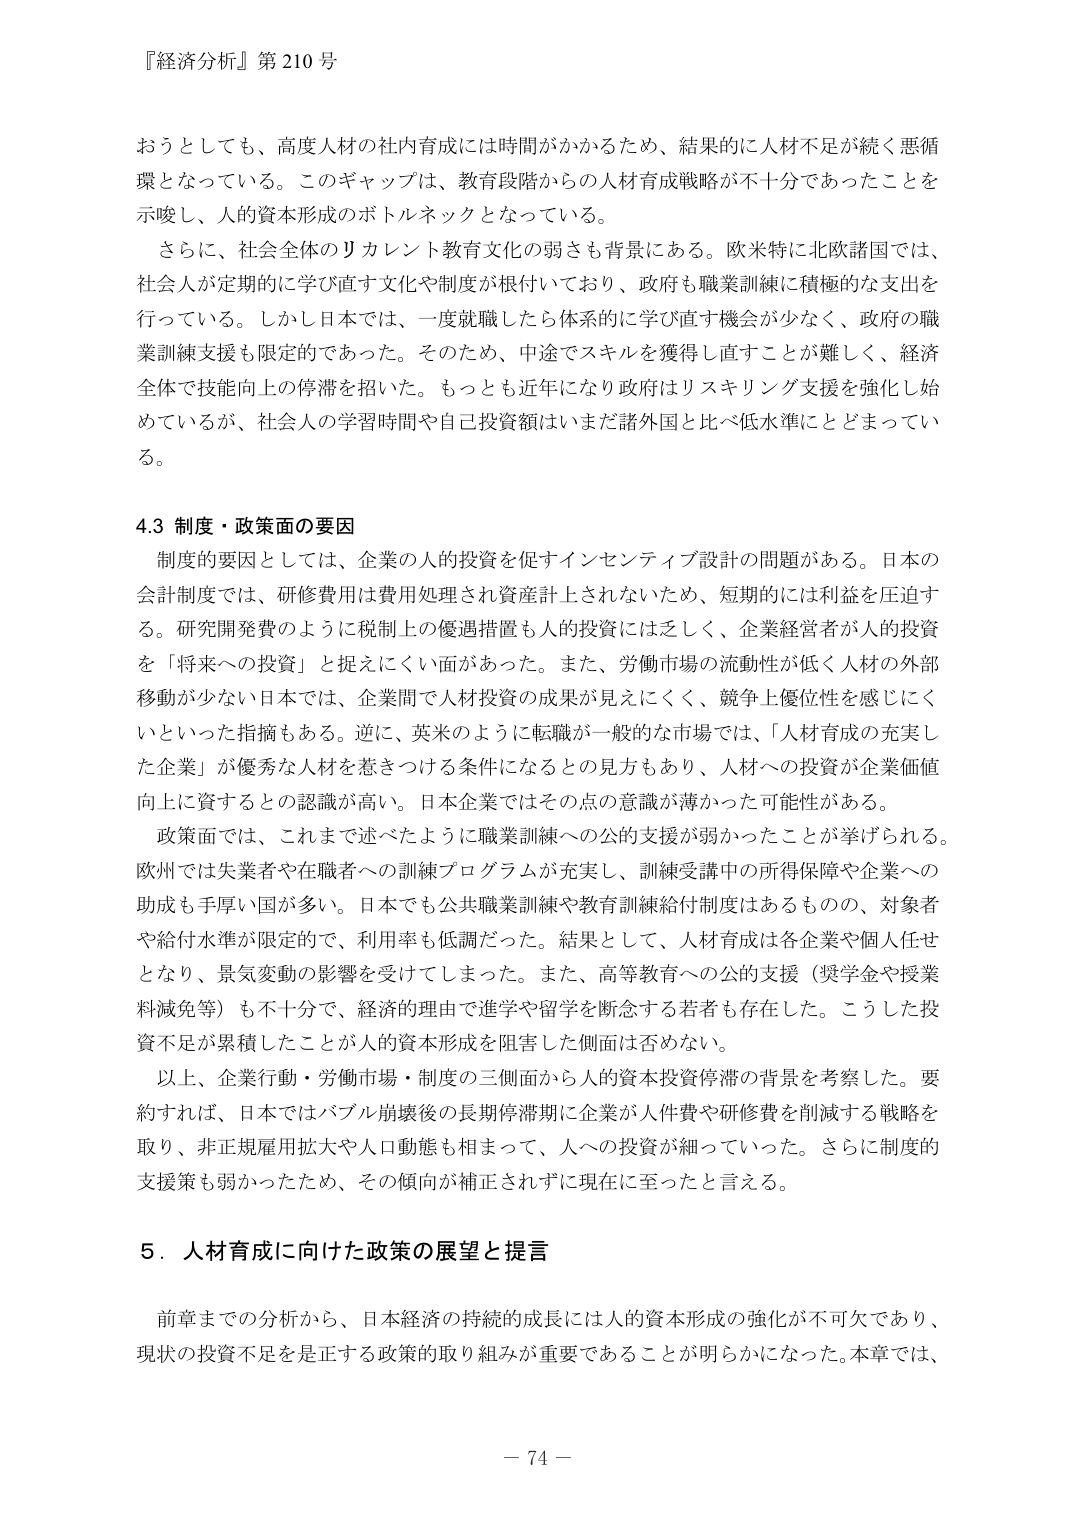
『経済分析』第210号

おうとしても、高度人材の社内育成には時間がかかるため、結果的に人材不足が続く悪循環となっている。このギャップは、教育段階からの人材育成戦略が不十分であったことを示唆し、人的資本形成のボトルネックとなっている。

さらに、社会全体のリカレント教育文化の弱さも背景にある。欧米特に北欧諸国では、社会人が定期的に学び直す文化や制度が根付いており、政府も職業訓練に積極的な支出を行っている。しかし日本では、一度就職したら体系的に学び直す機会が少なく、政府の職業訓練支援も限定的であった。そのため、中途でスキルを獲得し直すことが難しく、経済全体で技能向上の停滞を招いた。もっとも近年になり政府はリスキリング支援を強化し始めているが、社会人の学習時間や自己投資額はいまだ諸外国と比べ低水準にとどまっている。

4.3 制度・政策面の要因

制度的要因としては、企業の人的投資を促すインセンティブ設計の問題がある。日本の会計制度では、研修費用は費用処理され資産計上されないため、短期的には利益を圧迫する。研究開発費のように税制上の優遇措置も人的投資には乏しく、企業経営者が人的投資を「将来への投資」と捉えにくい面があった。また、労働市場の流動性が低く人材の外部移動が少ない日本では、企業間で人材投資の成果が見えにくく、競争上優位性を感じにくいといった指摘もある。逆に、英米のように転職が一般的な市場では、「人材育成の充実した企業」が優秀な人材を惹きつける条件になるとの見方もあり、人材への投資が企業価値向上に資するとの認識が高い。日本企業ではその点の意識が薄かった可能性がある。

政策面では、これまで述べたように職業訓練への公的支援が弱かったことが挙げられる。欧州では失業者や在職者への訓練プログラムが充実し、訓練受講中の所得保障や企業への助成も手厚い国が多い。日本でも公共職業訓練や教育訓練給付制度はあるものの、対象者や給付水準が限定的で、利用率も低調だった。結果として、人材育成は各企業や個人任せとなり、景気変動の影響を受けてしまった。また、高等教育への公的支援（奨学金や授業料減免等）も不十分で、経済的理由で進学や留学を断念する若者も存在した。こうした投資不足が累積したことが人的資本形成を阻害した側面は否めない。

以上、企業行動・労働市場・制度の三側面から人的資本投資停滞の背景を考察した。要約すれば、日本ではバブル崩壊後の長期停滞期に企業が人件費や研修費を削減する戦略を取り、非正規雇用拡大や人口動態も相まって、人への投資が細っていった。さらに制度的支援策も弱かったため、その傾向が補正されずに現在に至ったと言える。

5．人材育成に向けた政策の展望と提言

前章までの分析から、日本経済の持続的成長には人的資本形成の強化が不可欠であり、現状の投資不足を是正する政策的取り組みが重要であることが明らかになった。本章では、

－74－